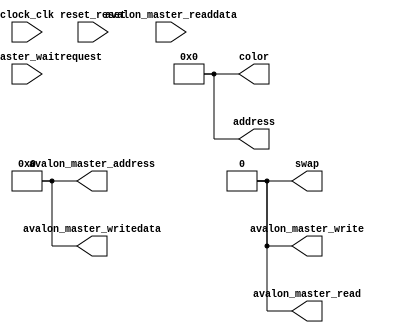
// graphics.v

// This file was auto-generated as a prototype implementation of a module
// created in component editor.  It ties off all outputs to ground and
// ignores all inputs.  It needs to be edited to make it do something
// useful.
// 
// This file will not be automatically regenerated.  You should check it in
// to your version control system if you want to keep it.

`timescale 1 ps / 1 ps
module graphics (
		input  wire        clock_clk,                 //         clock.clk
		input  wire        reset_reset,               //         reset.reset
		output wire        avalon_master_write,       // avalon_master.write
		output wire        avalon_master_read,        //              .read
		input  wire        avalon_master_waitrequest, //              .waitrequest
		output wire [31:0] avalon_master_writedata,   //              .writedata
		input  wire [31:0] avalon_master_readdata,    //              .readdata
		output wire [31:0] avalon_master_address,     //              .address
		output wire        swap,                      //   conduit_end.swap
		output wire [23:0] address,                   //              .address
		output wire [23:0] color                      //              .color
	);

	// TODO: Auto-generated HDL template

	assign avalon_master_read = 1'b0;

	assign avalon_master_address = 32'b00000000000000000000000000000000;

	assign avalon_master_write = 1'b0;

	assign avalon_master_writedata = 32'b00000000000000000000000000000000;

	assign address = 24'b000000000000000000000000;

	assign color = 24'b000000000000000000000000;

	assign swap = 1'b0;

endmodule